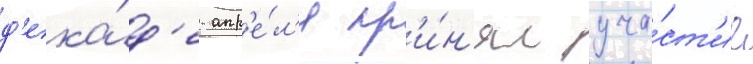
д'ека́д'е апр'е́л'я пр'и́н'ял уча́ст'ие